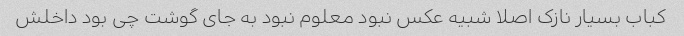
کباب بسیار نازک اصلا شبیه عکس نبود معلوم نبود به جای گوشت چی بود داخلش